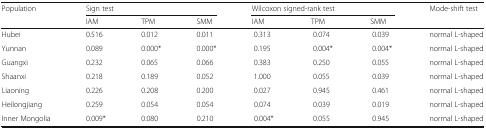
<table><thead><tr><td rowspan="2"><b>Population</b></td><td colspan="3"><b>Sign test</b></td><td colspan="3"><b>Wilcoxon signed-rank test</b></td><td rowspan="2"><b>Mode-shift test</b></td></tr><tr><td><b>IAM</b></td><td><b>TPM</b></td><td><b>SMM</b></td><td><b>IAM</b></td><td><b>TPM</b></td><td><b>SMM</b></td></tr></thead><tbody><tr><td>Hubei</td><td>0.516</td><td>0.012</td><td>0.011</td><td>0.313</td><td>0.074</td><td>0.039</td><td>normal L-shaped</td></tr><tr><td>Yunnan</td><td>0.089</td><td>0.000*</td><td>0.000*</td><td>0.195</td><td>0.004*</td><td>0.004*</td><td>normal L-shaped</td></tr><tr><td>Guangxi</td><td>0.232</td><td>0.065</td><td>0.066</td><td>0.383</td><td>0.250</td><td>0.055</td><td>normal L-shaped</td></tr><tr><td>Shaanxi</td><td>0.218</td><td>0.189</td><td>0.052</td><td>1.000</td><td>0.055</td><td>0.039</td><td>normal L-shaped</td></tr><tr><td>Liaoning</td><td>0.226</td><td>0.208</td><td>0.200</td><td>0.027</td><td>0.945</td><td>0.461</td><td>normal L-shaped</td></tr><tr><td>Heilongjiang</td><td>0.259</td><td>0.054</td><td>0.054</td><td>0.074</td><td>0.039</td><td>0.019</td><td>normal L-shaped</td></tr><tr><td>Inner Mongolia</td><td>0.009*</td><td>0.080</td><td>0.210</td><td>0.004*</td><td>0.055</td><td>0.945</td><td>normal L-shaped</td></tr></tbody></table>